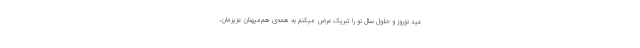
عید نوروز و حلول سال نو را تبریک عرض میکنم به همه‌ی هم‌میهنان عزیزمان،